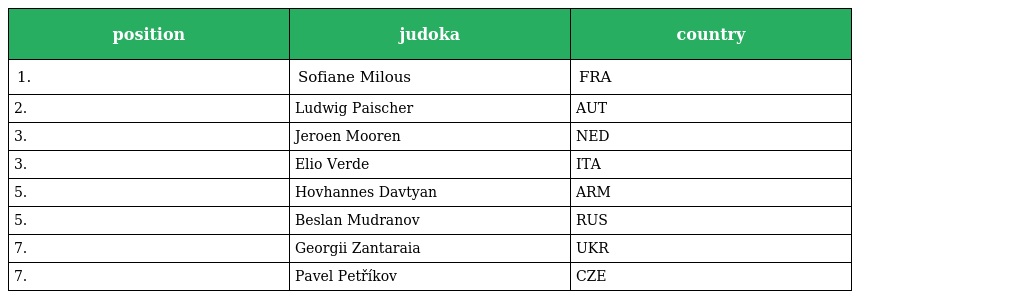
| position | judoka | country |
 | --- | --- | --- |
 | 1. | Sofiane Milous | FRA |
 | 2. | Ludwig Paischer | AUT |
 | 3. | Jeroen Mooren | NED |
 | 3. | Elio Verde | ITA |
 | 5. | Hovhannes Davtyan | ARM |
 | 5. | Beslan Mudranov | RUS |
 | 7. | Georgii Zantaraia | UKR |
 | 7. | Pavel Petříkov | CZE |